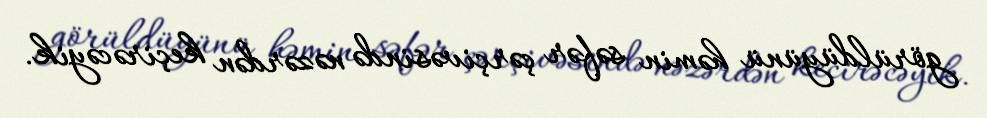
görüldüyünü həmin səfər çərçivəsində nəzərdən keçirəcəyik.